Language: tamil
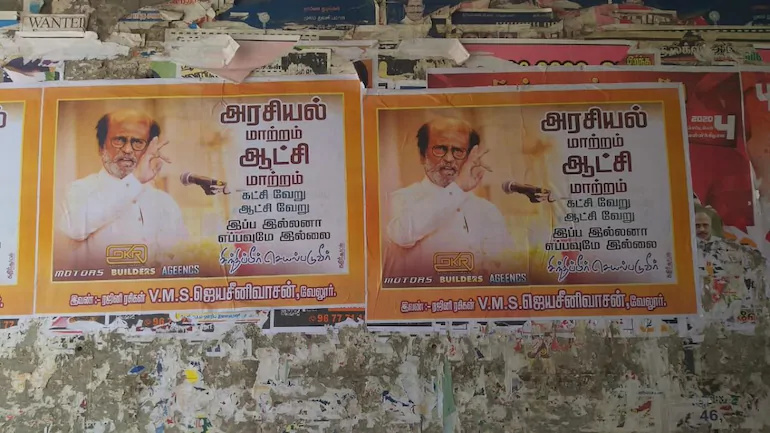
Transcription: வேலூா் மாற்றம் கட்சி வேறு ஆட்சி வேறு இல்லனா எப்பவுமே இல்லை அரசியல் மாற்றம் கட்சி வேறு ஆட்சி இப்ப எப்பவுமே இல்லை வேலூா் இப்ப வேறு இல்லனா மாற்றம் ஆட்சி ஆட்சி அரசியல் மாற்றம்